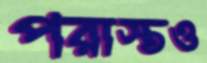
পরাস্তও